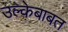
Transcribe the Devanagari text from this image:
उल्केबाबत